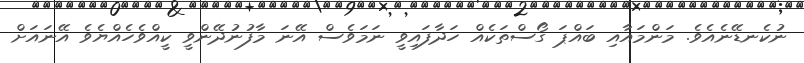
ނުކެނޑޭނެއެވެ. މަންމައާއި ބައްޕަ ގޯސްތަކެއް ހަދާފައިވީ ނަމަވެސް އޭނަ މާފުނުދޭންވީ ކީއްވެހެއްޔެވެ އޭނައަށް